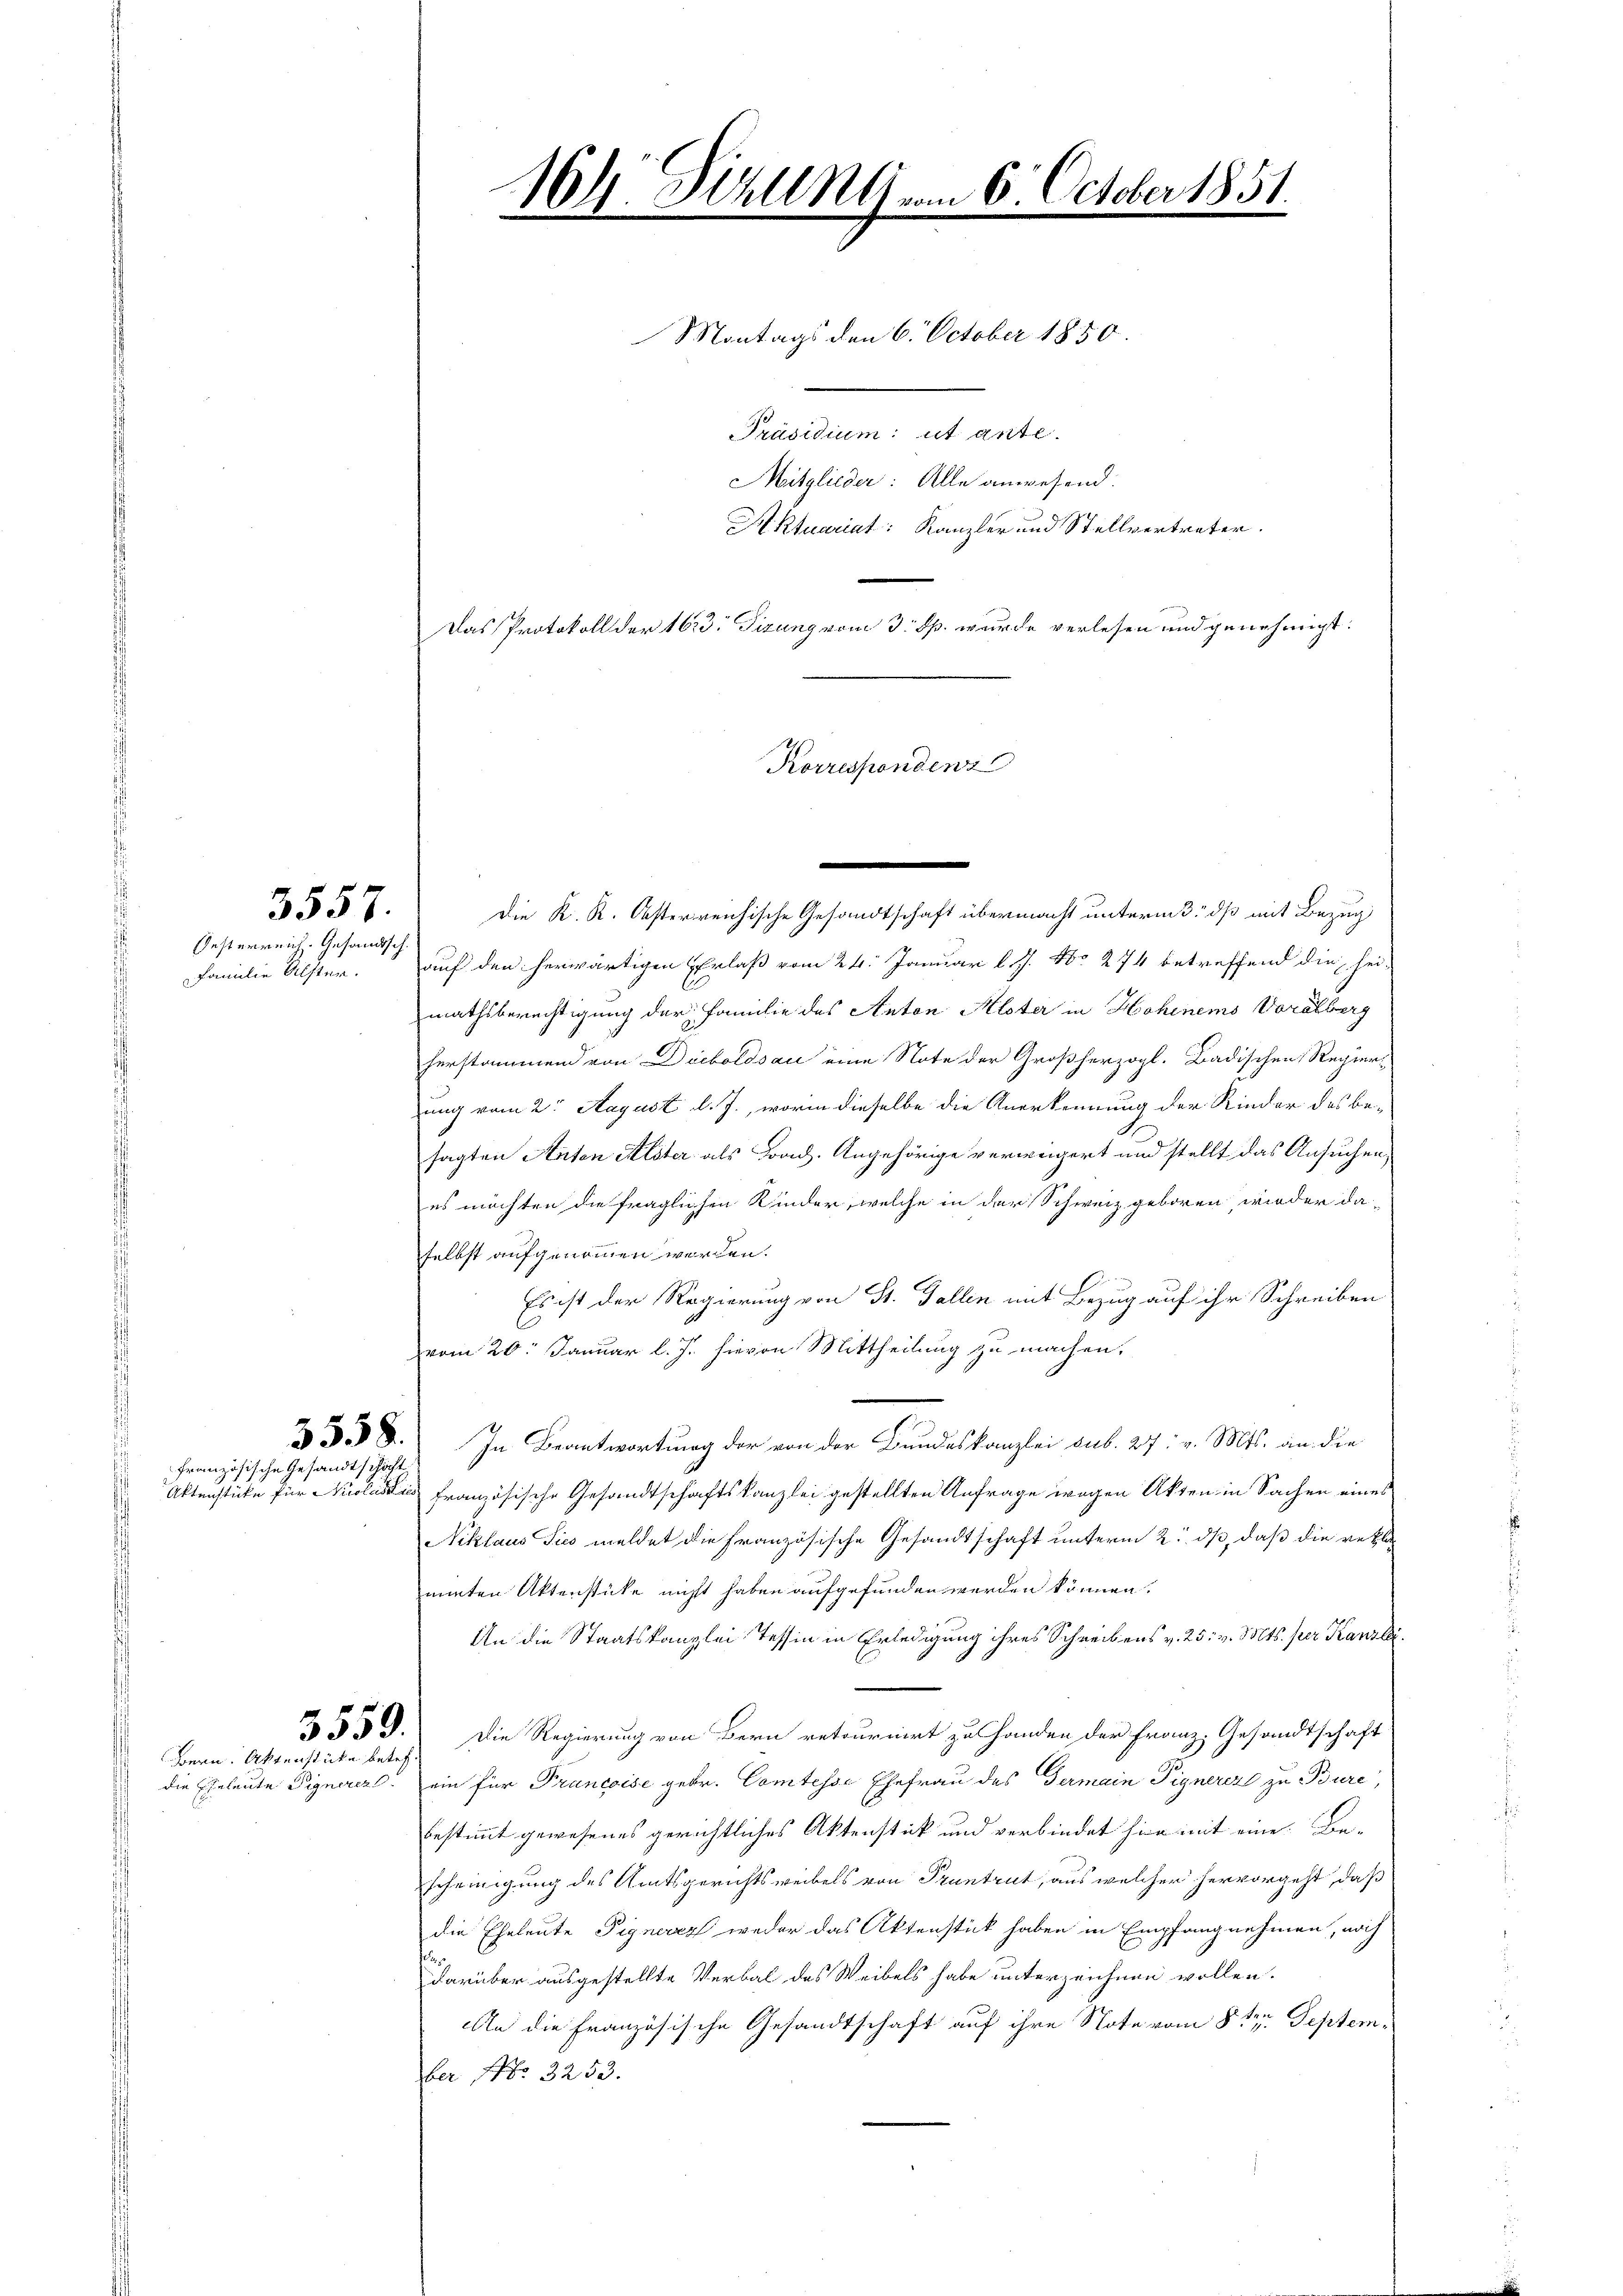
3557.
Oesterreich. Gesandtsch.
Familie Alsten.

3558.
französische Gesandtschicht

3559.
Bern. Aktenstücke betref¬

164. Dirung vom 6. October 1851.

Montags den 6. October 1850.
Aktuariat: Kanzler und Stellvertreter.
Das Protokoll der 1633. Tizung vom 3. p. wurde verlesen und genehmigt.
.
Die K. K. Oesterreichische Gesandtschaft übermacht unterm 3. dß mit Bezug
auf den herwärtigen Erlaß vom 24. Januar l. J. No 274 betreffend die hei-
mathsberechtigung der Familie des Anton Alter in Hohenem Vorälberg
herstammend von Dieboldsau eine Note der Großherzogl. Badischen Regierung vom 2te August d. J., worin dieselbe die Anerkennung der Kinder des besagten Anton Alster als Brad. Angehörige verweigert und stellt das Ansuchen,
es möchten die fraglichen Kinder, welche in der Schweiz geboren, wieder da-
selbst aufgenommen worden.
Es ist der Regierung von St. Gallen mit Bezug auf ihr Schreiben
vom 20. Januar l. J. hievon Mittheilung zu machen.
In Beantwortung der von der Bundeskanzlei sub. 27. v. Mts. an die
Aktenstücke für Auslastis französische Gesandtschaftskanzlei gestellten Anfrage wegen Akten in Sachen eines
Niklaus Sie meldet die französische Gesandtschaft unterm 2. ds, daß die rekla
minten Aktenstücke nicht haben aufgefunden werden können.
An die Staatskanzlei Tessin in Erledigung ihres Schreibens v. 25. v. Mts. per Kanzlei
Die Regierung von Bern retournirt zu Handen der Franz. Gesandtschaft
die Eheleute Vignererl. ein für Francoise gebr. Comtesse Ehefrau des Germain Pignerer zu Bure,
bestimmt gewesenes gerichtliches Aktenstück und verbindet hier mit eine Be-
scheinigung des Amtsgerichtsweibels von Pruntrut, aus welcher hervorgeht, daß
die Eheleute Pignercz weder das Aktenstück haben in Empfangnehmen, nach
darüber ausgestellte Verbal des Weibels habe unterzeichnen wollen.
An die Französische Gesandtschaft auf ihre Note vom 8ten September No. 3253.

Präsidium et ante.
Mitglieder: Alle anwesend:

Korrespondenz